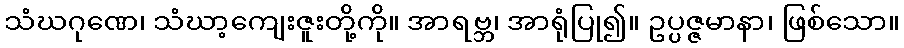
သံဃဂုဏေ၊ သံဃာ့ကျေးဇူးတို့ကို။ အာရဗ္ဘ၊ အာရုံပြု၍။ ဥပ္ပဇ္ဇမာနာ၊ ဖြစ်သော။